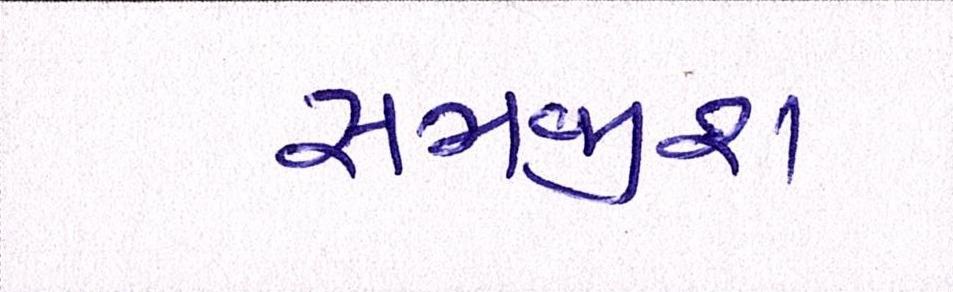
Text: સમજીશ